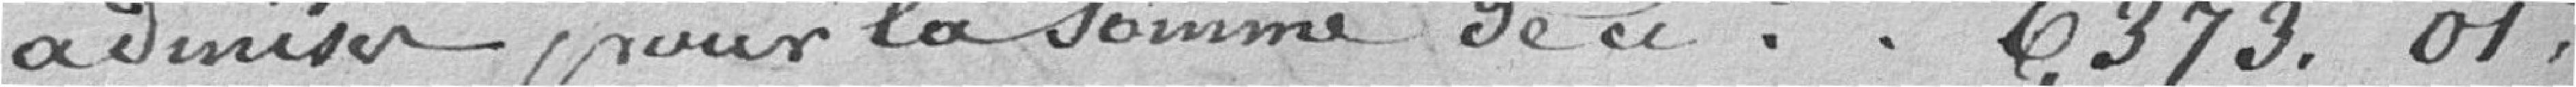
admises pour la somme de ci......   6.373,01